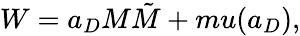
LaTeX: W=a_{D}M\tilde{M}+mu(a_{D}),